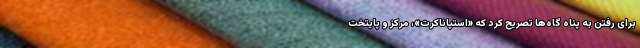
برای رفتن به پناه گاه‌ها تصریح کرد که «استپاناکرت»، مرکز و پایتخت